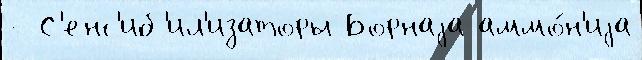
- С'енс'иб'ил'изаторы Борнаjа аммо́н'иjа